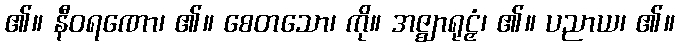
၏။ နီဝရဏော၊ ၏။ စေတသော၊ ကို။ အဇ္ဈာရုဠှံ၊ ၏။ ပညာယ၊ ၏။